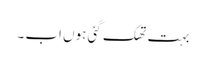
بہت تھک گئی ہوں اب ۔